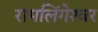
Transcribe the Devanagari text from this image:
रामलिंगेश्‍वर